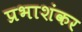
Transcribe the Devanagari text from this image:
प्रभाशंकर